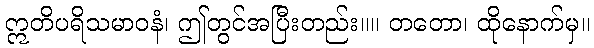
ဣတိပရိသမာဝနံ၊ ဤတွင်အပြီးတည်း။။ တတော၊ ထိုနောက်မှ။